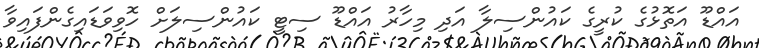
އައްޑޫ އަތޮޅުގެ ކުރީގެ ކައުންސިލާ އަދި މިހާރު އައްޑޫ ސިޓީ ކައުންސިލަށް ހޮވިވަޑައިގެންފައިވާ